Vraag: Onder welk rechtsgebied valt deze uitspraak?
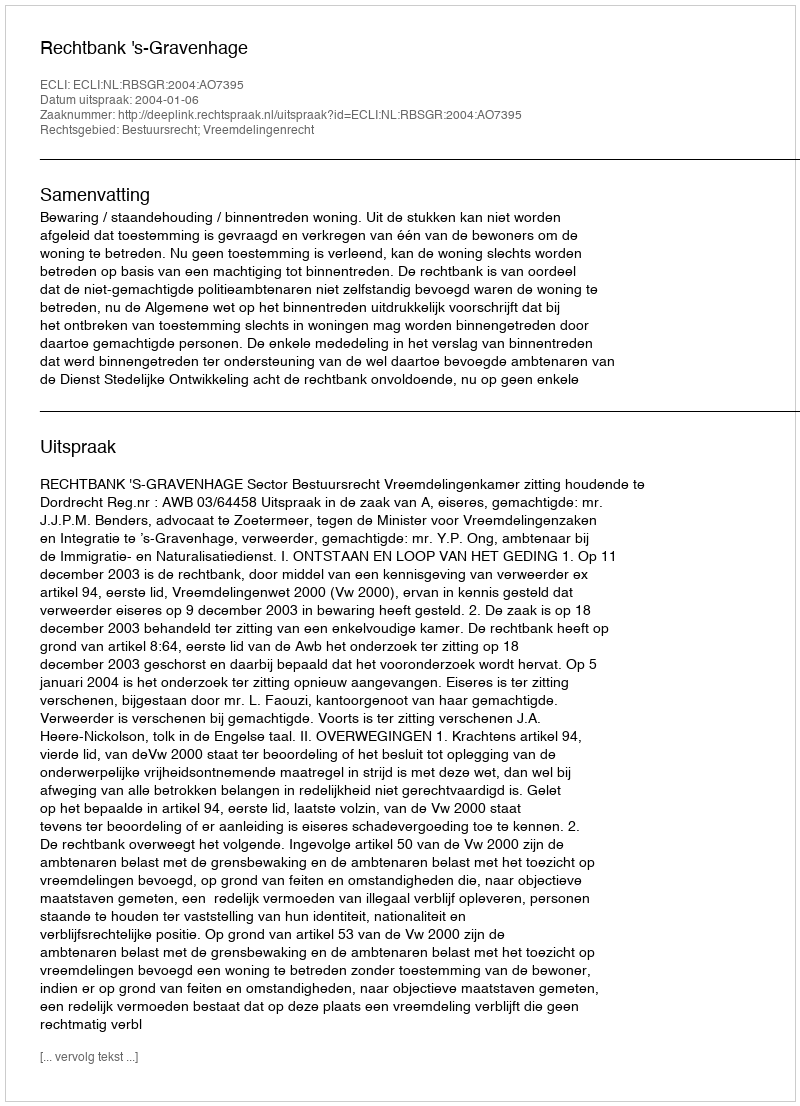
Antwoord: Bestuursrecht; Vreemdelingenrecht